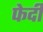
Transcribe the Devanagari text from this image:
फेदी